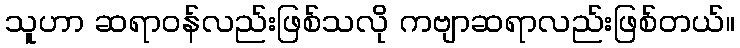
သူဟာ ဆရာဝန်လည်းဖြစ်သလို ကဗျာဆရာလည်းဖြစ်တယ်။